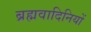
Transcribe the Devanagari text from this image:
ब्रह्मवादिनियों